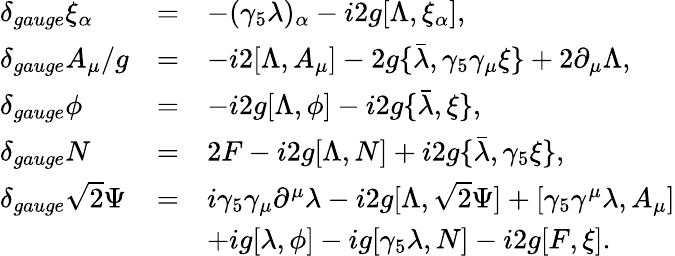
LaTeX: \begin{array}{lcl}{{\delta_{gauge}\xi_{\alpha}}}&{{=}}&{{-(\gamma_{5}\lambda)_{\alpha}-i2g[\Lambda,\xi_{\alpha}],}}\\ {{\displaystyle\delta_{gauge}A_{\mu}/g}}&{{=}}&{{-i2[\Lambda,A_{\mu}]-2g\{ \bar{\lambda},\gamma_{5}\gamma_{\mu}\xi\} +2\partial_{\mu}\Lambda,}}\\ {{\delta_{gauge}\phi}}&{{=}}&{{-i2g[\Lambda,\phi]-i2g\{ \bar{\lambda},\xi\} ,}}\\ {{\delta_{gauge}N}}&{{=}}&{{2F-i2g[\Lambda,N]+i2g\{ \bar{\lambda},\gamma_{5}\xi\} ,}}\\ {{\delta_{gauge}\sqrt{2}\Psi}}&{{=}}&{{i\gamma_{5}\gamma_{\mu}\partial^{\mu}\lambda-i2g[\Lambda,\sqrt{2}\Psi]+[\gamma_{5}\gamma^{\mu}\lambda,A_{\mu}]}}\\ {{}}&{{}}&{{+ig[\lambda,\phi]-ig[\gamma_{5}\lambda,N]-i2g[F,\xi].}}\end{array}